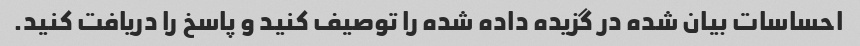
احساسات بیان شده در گزیده داده شده را توصیف کنید و پاسخ را دریافت کنید.